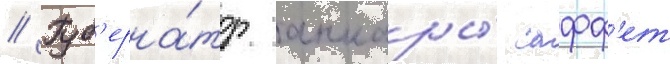
// Губ'ерна́тор анкары́ сафф'ет